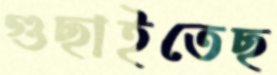
গুছাইতেছ